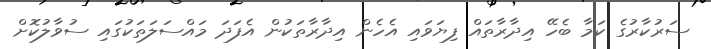
ސަރުކާރުގެ ކަމާ ބެހޭ އިދާރާތައް ފިޔަވައި އެހެން އިދާރާތަކުން އެފަދަ މައްސަލަތަކުގައި ސުވާލުކޮށް